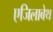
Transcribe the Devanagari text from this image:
एजिलाबेथ